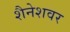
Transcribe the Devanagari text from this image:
शैनेशवर